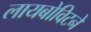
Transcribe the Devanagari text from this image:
लायबोविटने